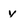
Character: y